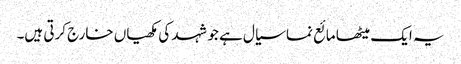
یہ ایک میٹھا مائع نما سیال ہے جو شہد کی مکھیاں خارج کرتی ہیں۔